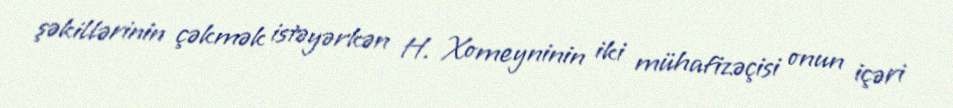
şəkillərinin çəkmək istəyərkən H. Xomeyninin iki mühafizəçisi onun içəri